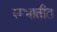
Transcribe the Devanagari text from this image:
स्म्भातीत